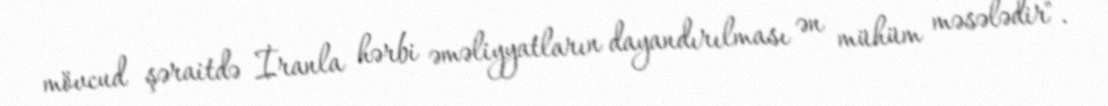
mövcud şəraitdə İranla hərbi əməliyyatların dayandırılması ən mühüm məsələdir".